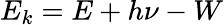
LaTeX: E_{k}=E+h\nu-W